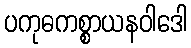
ပကုဓကစ္စာယနဝါဒေါ